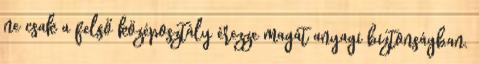
ne csak a felső középosztály érezze magát anyagi biztonságban.